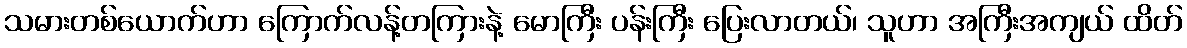
သမားတစ်ယောက်ဟာ ကြောက်လန့်တကြားနဲ့ မောကြီး ပန်းကြီး ပြေးလာတယ်၊ သူဟာ အကြီးအကျယ် ထိတ်